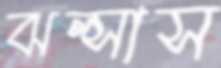
ঝল্‌সাস